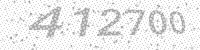
Solution: 412700